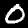
Label: 0